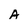
Character: A